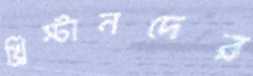
খ্রিস্টানদের